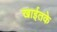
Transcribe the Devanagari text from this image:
खाईतके